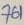
Text: 761